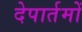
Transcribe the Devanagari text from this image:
देपार्तमों